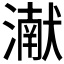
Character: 𮳖